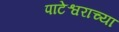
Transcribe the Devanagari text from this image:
पाटेश्वराच्या